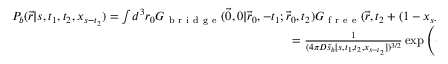
\begin{array} { r } { P _ { b } ( \vec { r } | s , t _ { 1 } , t _ { 2 } , x _ { s - t _ { 2 } } ) = \int d ^ { 3 } r _ { 0 } G _ { \mathrm { ~ b ~ r ~ i ~ d ~ g ~ e ~ } } ( \vec { 0 } , 0 | \vec { r } _ { 0 } , - t _ { 1 } ; \vec { r } _ { 0 } , t _ { 2 } ) G _ { \mathrm { ~ f ~ r ~ e ~ e ~ } } ( \vec { r } , t _ { 2 } + ( 1 - x _ { s - t _ { 2 } } ) ( s - t _ { 2 } ) | \vec { r } _ { 0 } , t _ { 2 } ) = } \\ { = \frac { 1 } { ( 4 \pi D \tilde { s } _ { b } [ s , t _ { 1 } , t _ { 2 } , x _ { s - t _ { 2 } } ] ) ^ { 3 / 2 } } \exp \left( - \frac { r ^ { 2 } } { 4 D \tilde { s } _ { b } [ s , t _ { 1 } , t _ { 2 } , x _ { s - t _ { 2 } } ] } \right) , } \end{array}